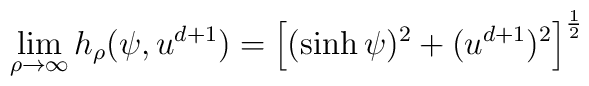
\lim_{\rho \to \infty}  h_{\rho}(\psi,u^{d+1}) =   \left[  (\sinh \psi)^2 + (u^{d+1})^2    \right]^{\frac{1}{2}}